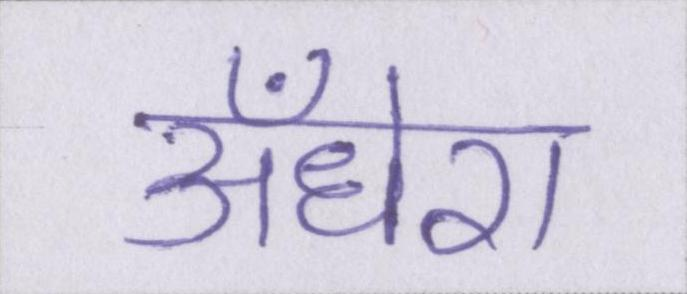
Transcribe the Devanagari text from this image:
अँधेरा